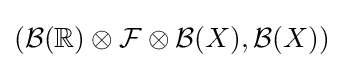
({\mathcal {B}}(\mathbb {R} )\otimes {\mathcal {F}}\otimes {\mathcal {B}}(X),{\mathcal {B}}(X))